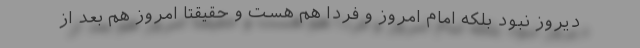
دیروز نبود بلکه امام امروز و فردا هم هست و حقیقتاً امروز هم بعد از